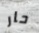
حار